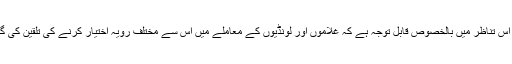
یہ بات اس تناظر میں بالخصوص قابل توجہ ہے کہ غلاموں اور لونڈیوں کے معاملے میں اس سے مختلف رویہ اختیار کرنے کی تلقین کی گئی ہے۔